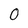
Character: 0